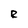
Character: R